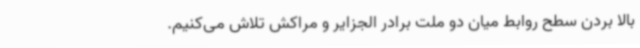
بالا بردن سطح روابط میان دو ملت برادر الجزایر و مراکش تلاش می‌کنیم.